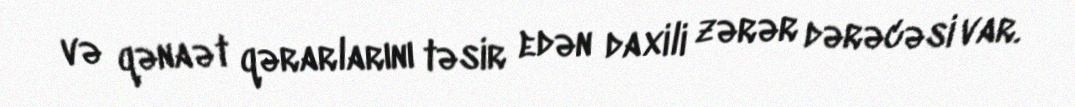
və qənaət qərarlarını təsir edən daxili zərər dərəcəsi var.